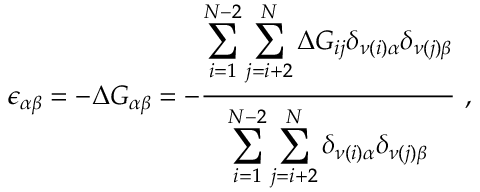
\epsilon _ { \alpha \beta } = - \Delta G _ { \alpha \beta } = - \frac { \displaystyle \sum _ { i = 1 } ^ { N - 2 } \sum _ { j = i + 2 } ^ { N } \Delta G _ { i j } \delta _ { \nu ( i ) \alpha } \delta _ { \nu ( j ) \beta } } { \displaystyle \sum _ { i = 1 } ^ { N - 2 } \sum _ { j = i + 2 } ^ { N } \delta _ { \nu ( i ) \alpha } \delta _ { \nu ( j ) \beta } } ~ ,